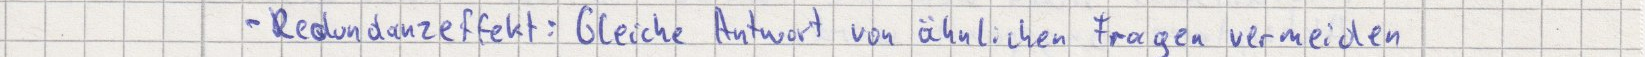
- Redundanzeffekt: Gleiche Antwort von ähnlichen Fragen vermeiden